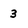
Character: 3